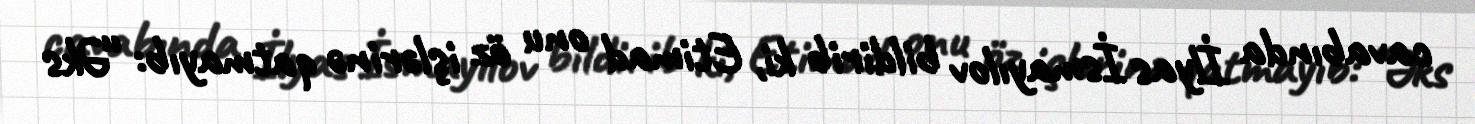
cavabında İlyas İsmayılov bildirib ki, Etimad onu öz işlərinə qatmayıb: “Əks